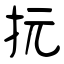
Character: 抏